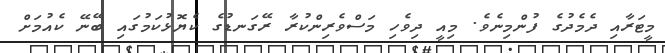
މީޓަރާއި ދެމެދުގެ ފުންމިނެވެ. މިއީ ދިވެހި މަސްވެރިންކުރާ ރޭގަނޑުގެ ކެޔޮޅުކަމުގައި ބޭނޭ ކެއުމަށް